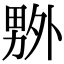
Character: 𠨃